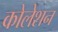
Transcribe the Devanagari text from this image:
कोलेशन